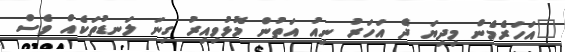
"އަހަރެމެން މިދިޔަ ދެ އަހަރު ނިއު އަތުން މޮޅުވިއިރު ގިނަ ލަނޑުތަކެއް ވެސް